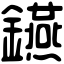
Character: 𨯧